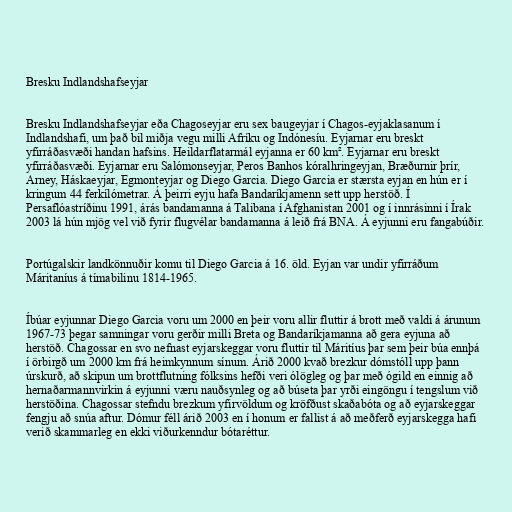
Bresku Indlandshafseyjar

Bresku Indlandshafseyjar eða Chagoseyjar eru sex baugeyjar í Chagos-eyjaklasanum í
Indlandshafi, um það bil miðja vegu milli Afríku og Indónesíu. Eyjarnar eru breskt
yfirráðasvæði handan hafsins. Heildarflatarmál eyjanna er 60 km². Eyjarnar eru breskt
yfirráðasvæði. Eyjarnar eru Salómonseyjar, Peros Banhos kóralhringeyjan, Bræðurnir þrír,
Arney, Háskaeyjar, Egmonteyjar og Diego Garcia. Diego Garcia er stærsta eyjan en hún er í
kringum 44 ferkílómetrar. Á þeirri eyju hafa Bandaríkjamenn sett upp herstöð. Í
Persaflóastríðinu 1991, árás bandamanna á Talibana í Afghanistan 2001 og í innrásinni í Írak
2003 lá hún mjög vel við fyrir flugvélar bandamanna á leið frá BNA. Á eyjunni eru fangabúðir.

Portúgalskir landkönnuðir komu til Diego Garcia á 16. öld. Eyjan var undir yfirráðum
Máritaníus á tímabilinu 1814-1965.

Íbúar eyjunnar Diego Garcia voru um 2000 en þeir voru allir fluttir á brott með valdi á árunum
1967-73 þegar samningar voru gerðir milli Breta og Bandaríkjamanna að gera eyjuna að
herstöð. Chagossar en svo nefnast eyjarskeggar voru fluttir til Máritíus þar sem þeir búa ennþá
í örbirgð um 2000 km frá heimkynnum sínum. Árið 2000 kvað brezkur dómstóll upp þann
úrskurð, að skipun um brottflutning fólksins hefði veri ólögleg og þar með ógild en einnig að
hernaðarmannvirkin á eyjunni væru nauðsynleg og að búseta þar yrði eingöngu í tengslum við
herstöðina. Chagossar stefndu brezkum yfirvöldum og kröfðust skaðabóta og að eyjarskeggar
fengju að snúa aftur. Dómur féll árið 2003 en í honum er fallist á að meðferð eyjarskegga hafi
verið skammarleg en ekki viðurkenndur bótaréttur.